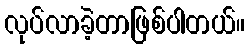
လုပ်လာခဲ့တာဖြစ်ပါတယ်။